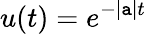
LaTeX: u(t)=e^{-|\mathtt{a}|t}